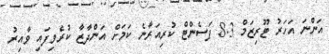
އަންނަ އަހަރު ޓޫރިޒަމް 8.3 ޕަސެންޓް ކުރިއަރާނެ ކަމަށް އަންދާޒާ ކުރެވިފައި ވާއިރު